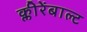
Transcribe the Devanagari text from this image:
क्लीरेंबाल्ट